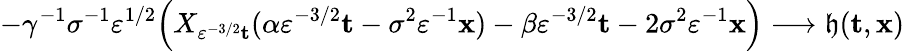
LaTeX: -\gamma^{-1}\sigma^{-1}\varepsilon^{1/2}\Big(X_{\varepsilon^{-3/2}\mathbf{t}}(\alpha\varepsilon^{-3/2}\mathbf{t}-\sigma^{2}\varepsilon^{-1}\mathbf{x})-\beta\varepsilon^{-3/2}\mathbf{t}-2\sigma^{2}\varepsilon^{-1}\mathbf{x}\Big)\longrightarrow\mathfrak{h}(\mathbf{t},\mathbf{x})